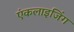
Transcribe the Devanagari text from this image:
एंकलाइजिंग